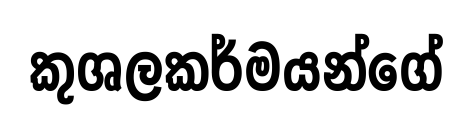
කුශලකර්මයන්ගේ